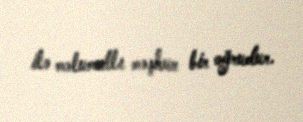
ilə məlumatlı məşhur bir oğrudur.